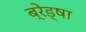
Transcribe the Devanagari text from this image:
ब्रेड्षा